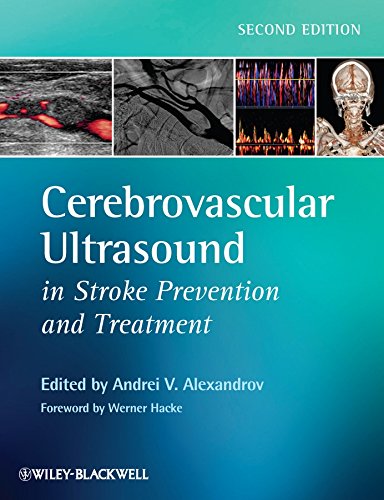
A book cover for Cerebrovascular Ultrasound in Stroke Prevention and Treatment; Health, Fitness & Dieting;